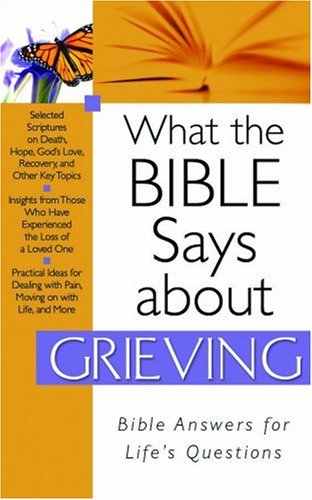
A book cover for What The Bible Says About Grieving; Barbour Publishing; Christian Books & Bibles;